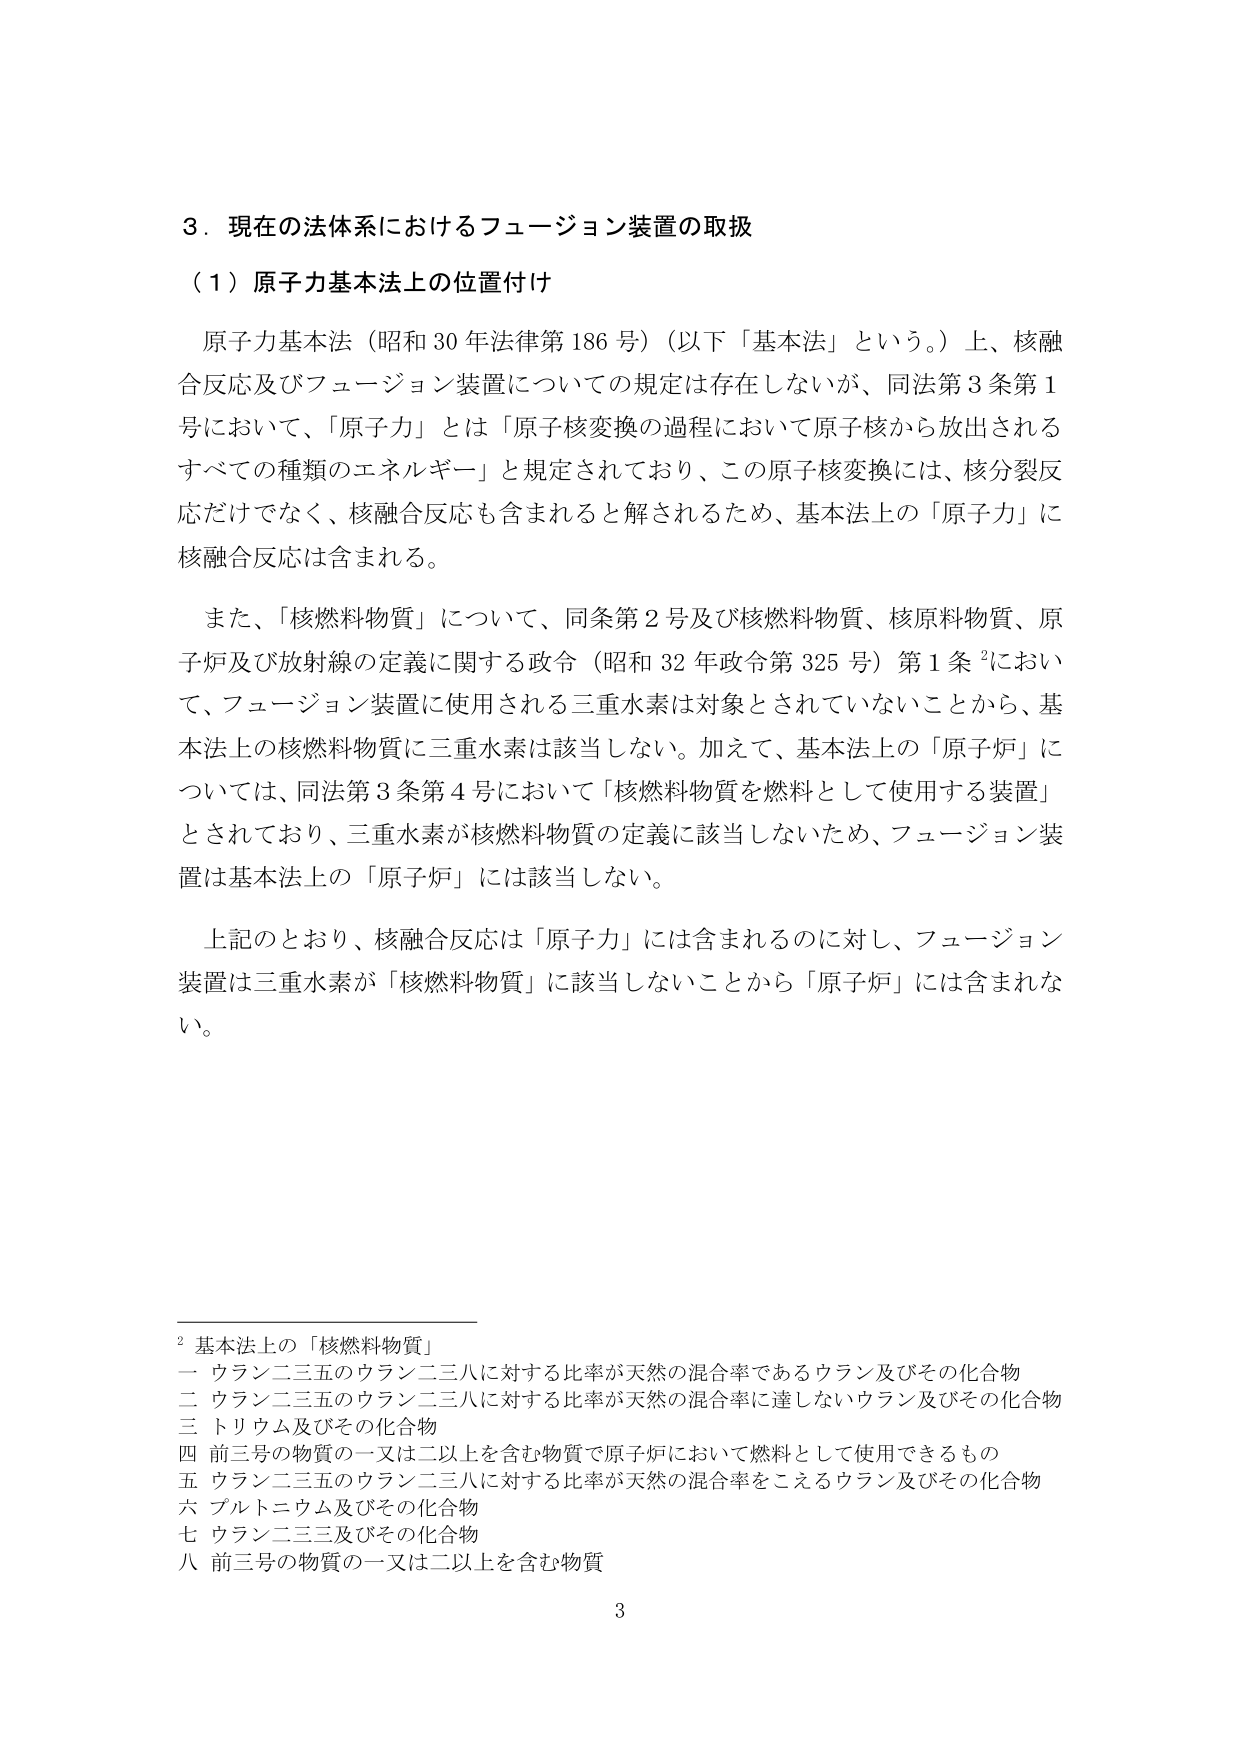
３．現在の法体系におけるフュージョン装置の取扱

（１）原子力基本法上の位置付け

原子力基本法（昭和30年法律第186号）（以下「基本法」という。）上、核融合反応及びフュージョン装置についての規定は存在しないが、同法第3条第1号において、「原子力」とは「原子核変換の過程において原子核から放出されるすべての種類のエネルギー」と規定されており、この原子核変換には、核分裂反応だけでなく、核融合反応も含まれると解されるため、基本法上の「原子力」に核融合反応は含まれる。

また、「核燃料物質」について、同条第2号及び核燃料物質、核原料物質、原子炉及び放射線の定義に関する政令（昭和32年政令第325号）第1条²において、フュージョン装置に使用される三重水素は対象とされていないことから、基本法上の核燃料物質に三重水素は該当しない。加えて、基本法上の「原子炉」については、同法第3条第4号において「核燃料物質を燃料として使用する装置」とされており、三重水素が核燃料物質の定義に該当しないため、フュージョン装置は基本法上の「原子炉」には該当しない。

上記のとおり、核融合反応は「原子力」には含まれるのに対し、フュージョン装置は三重水素が「核燃料物質」に該当しないことから「原子炉」には含まれない。

² 基本法上の「核燃料物質」
一 ウラン二三五のウラン二三八に対する比率が天然の混合率であるウラン及びその化合物
二 ウラン二三五のウラン二三八に対する比率が天然の混合率に達しないウラン及びその化合物
三 トリウム及びその化合物
四 前三号の物質の一又は二以上を含む物質で原子炉において燃料として使用できるもの
五 ウラン二三五のウラン二三八に対する比率が天然の混合率をこえるウラン及びその化合物
六 プルトニウム及びその化合物
七 ウラン二三三及びその化合物
八 前三号の物質の一又は二以上を含む物質

3